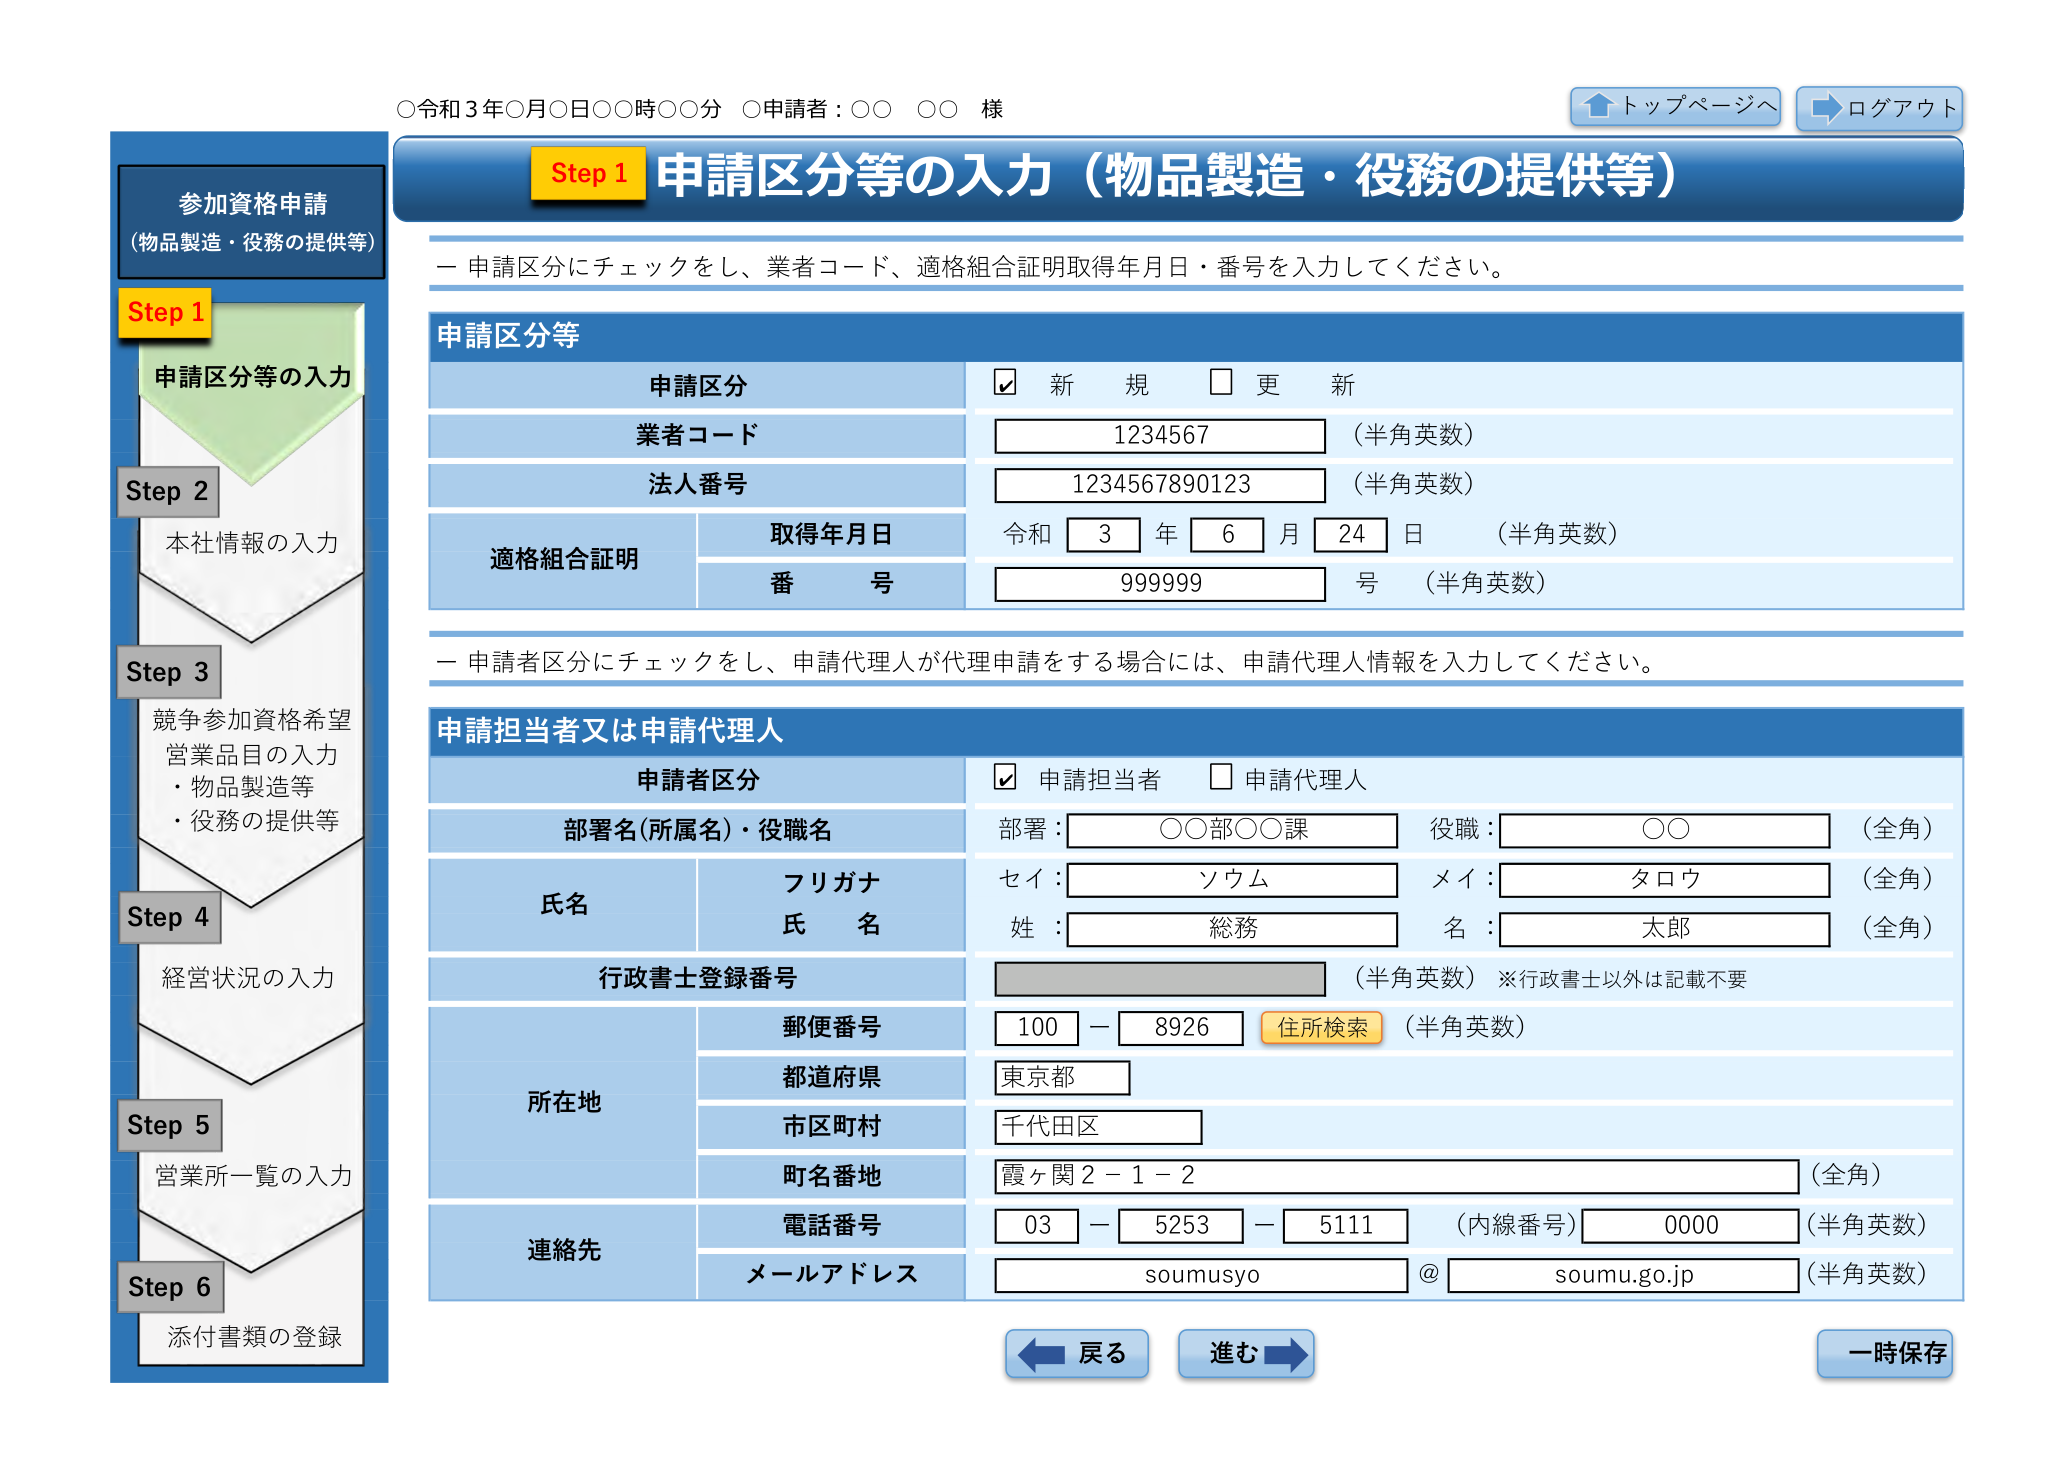
○令和3年○月○日○○時○○分 ○申請者：○○ ○○ 様
トップページへ
ログアウト
参加資格申請
（物品製造・役務の提供等）
Step 1
申請区分等の入力
Step 2
本社情報の入力
Step 3
競争参加資格希望
営業品目の入力
・物品製造等
・役務の提供等
Step 4
経営状況の入力
Step 5
営業所一覧の入力
Step 6
添付書類の登録
Step 1 申請区分等の入力（物品製造・役務の提供等）
－ 申請区分にチェックをし、業者コード、適格組合証明取得年月日・番号を入力してください。
申請区分等
申請区分
☑ 新 規 □ 更 新
業者コード
1234567 （半角英数）
法人番号
1234567890123 （半角英数）
適格組合証明
取得年月日
令和 3 年 6 月 24 日 （半角英数）
番 号
999999 号 （半角英数）
－ 申請者区分にチェックをし、申請代理人が代理申請をする場合には、申請代理人情報を入力してください。
申請担当者又は申請代理人
申請者区分
☑ 申請担当者 □ 申請代理人
部署名（所属名）・役職名
部署：○○部○○課 役職：○○ （全角）
氏名
フリガナ
セイ：ソウム メイ：タロウ （全角）
氏 名
姓：総務 名：太郎 （全角）
行政書士登録番号
（半角英数）※行政書士以外は記載不要
所在地
郵便番号
100 － 8926 住所検索 （半角英数）
都道府県
東京都
市区町村
千代田区
町名番地
霞ヶ関2－1－2 （全角）
連絡先
電話番号
03 － 5253 － 5111 （内線番号） 0000 （半角英数）
メールアドレス
soumusyo @ soumu.go.jp （半角英数）
戻る
進む
一時保存